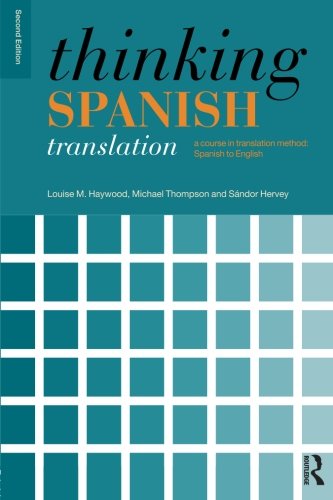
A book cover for Thinking Spanish Translation: A Course in Translation Method: Spanish to English (Thinking Translation); Louise Haywood; Reference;